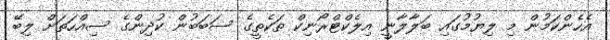
އެހެންކަމުން މި ލިޔުމުގައި ބަލާލާނީ އިލެކްޓްރޯނިކް ތަކެތީގެ ސަބަބުން ކުދިންގެ ސިއްހަތަށް ލިބޭ